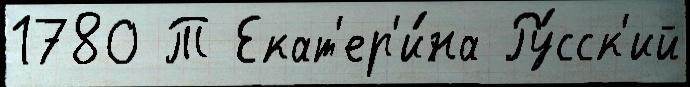
1780 Т Екат'ер'и́на Ру́сск'ий